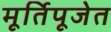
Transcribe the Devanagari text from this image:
मूर्तिपूजेत